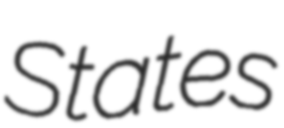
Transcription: States